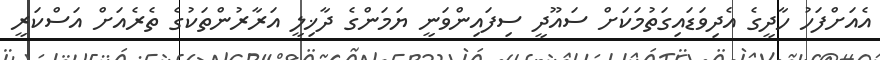
އެއަށްފަހު ހާދީގެ އެދިވަޑައިގަތުމަކަށް ސައޫދީ ސިފައިންވަނީ ޔަމަންގެ ދާޚިލީ އަރާރުންތަކުގެ ތެރެއަށް އަސްކަރީ